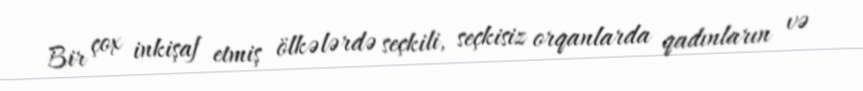
Bir çox inkişaf etmiş ölkələrdə seçkili, seçkisiz orqanlarda qadınların və